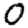
Digit: 0